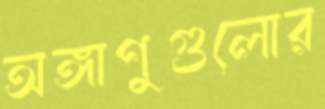
অঙ্গাণুগুলোর